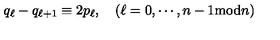
q _ { \ell } - q _ { \ell + 1 } \equiv 2 p _ { \ell } , \quad ( \ell = 0 , \cdots , n - 1 \mathrm { m o d } n )